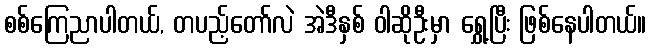
စစ်ကြေညာပါတယ်, တပည့်တော်လဲ အဲဒီနှစ် ဝါဆိုဦးမှာ ရွှေ့ပြီး ဖြစ်နေပါတယ်။